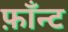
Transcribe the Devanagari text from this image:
फ़ाँन्ट